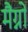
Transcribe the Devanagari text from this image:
मैग्नो